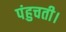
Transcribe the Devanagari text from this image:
पंहुचती।